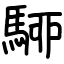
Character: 駵